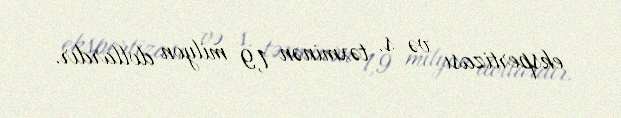
ekspertizası və s. təxminən 1,9 milyon dollardır.